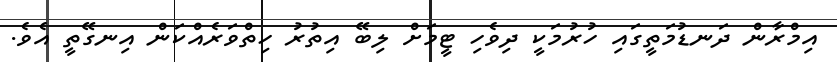
އިމްރާން ދަނޑުމަތީގައި ހުރުމަކީ ދިވެހި ޓީމަށް ލިބޭ އިތުރު ހިތްވަރެއްކަން އިނގޭތީ އެވެ.